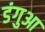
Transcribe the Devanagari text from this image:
डंगुआ